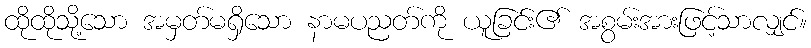
ထိုထိုသို့သော အမှတ်မရှိသော နာမပညတ်ကို ယူခြင်း၏ အစွမ်းအားဖြင့်သာလျှင်။